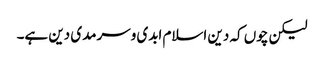
لیکن چوں کہ دین اسلام ابدی وسرمدی دین ہے۔